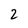
Character: 2